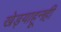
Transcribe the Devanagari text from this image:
खेड्याहूनही